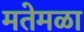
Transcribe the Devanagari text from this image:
मतेमळा